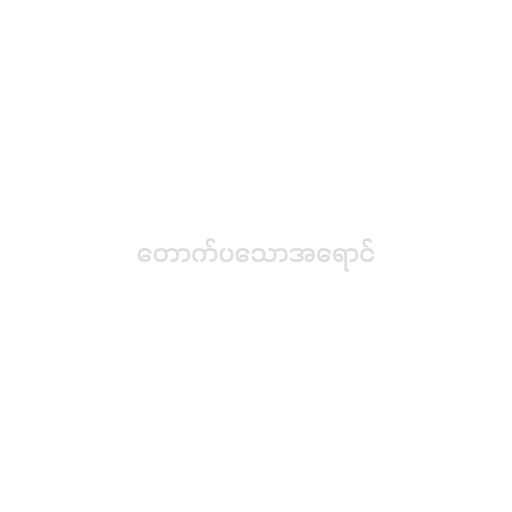
တောက်ပသောအရောင်